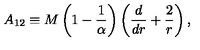
A _ { 1 2 } \equiv M \left( 1 - { \frac { 1 } { \alpha } } \right) \left( { \frac { d } { d r } } + { \frac { 2 } { r } } \right) ,